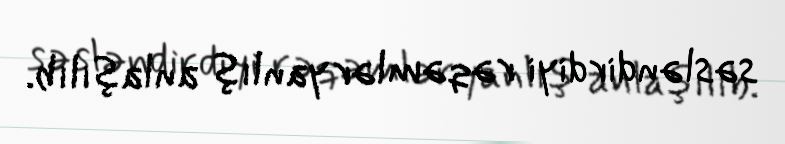
səsləndirdiyi rəqəmlər yanlış anlaşılıb.